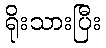
ရိုးသားပြီး